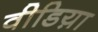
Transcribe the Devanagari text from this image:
वीडिय़ा